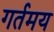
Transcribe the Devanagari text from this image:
गर्तमय